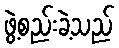
ဖွဲ့စည်းခဲ့သည်